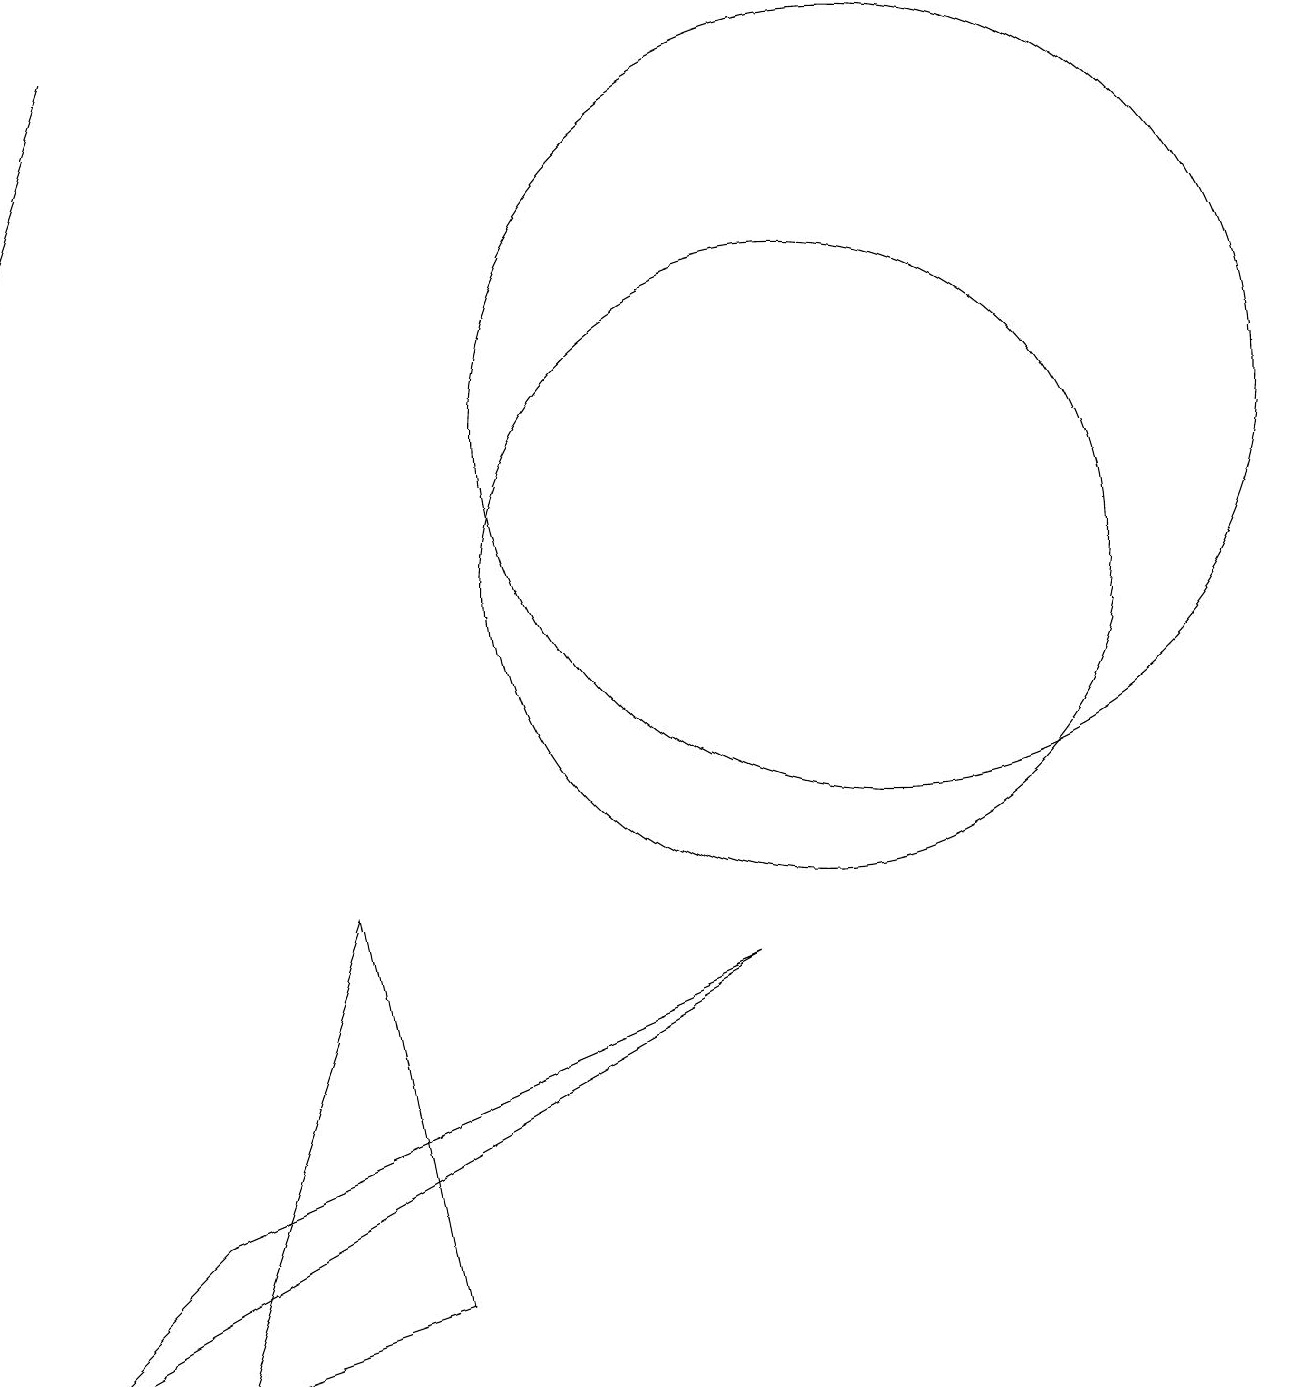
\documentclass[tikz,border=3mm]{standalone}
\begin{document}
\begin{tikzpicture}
\draw[->] (1,17) -- (0,14);
\draw (0,0) -- (2,2) -- (9,5) -- cycle;
\draw (2,0) -- (5,1) -- (4,6) -- cycle;
\draw (11,12) circle (5);
\draw (10,10) circle (4);
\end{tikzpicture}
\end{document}